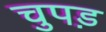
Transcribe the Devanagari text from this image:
चुपड़